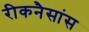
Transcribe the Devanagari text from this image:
रीकनैसांस